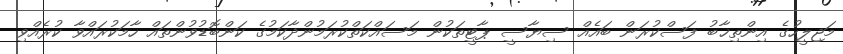
މަޖިލީހުގެ އިންތިޚާބު ފަސްކުރަން ބައެއް ސިޔާސީ ޕާޓީތަކުން މަސައްކަތްކުރަމުންދާކަމުގެ ކަންބޮޑުވުންތައް ހާމަކުރައްވާ ކުރެއްވި